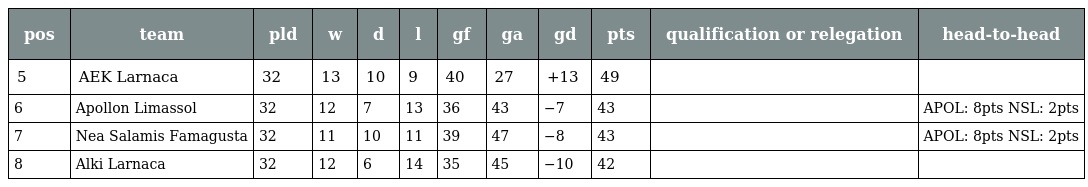
| pos | team | pld | w | d | l | gf | ga | gd | pts | qualification or relegation | head-to-head |
 | --- | --- | --- | --- | --- | --- | --- | --- | --- | --- | --- | --- |
 | 5 | AEK Larnaca | 32 | 13 | 10 | 9 | 40 | 27 | +13 | 49 |  |  |
 | 6 | Apollon Limassol | 32 | 12 | 7 | 13 | 36 | 43 | −7 | 43 |  | APOL: 8pts NSL: 2pts |
 | 7 | Nea Salamis Famagusta | 32 | 11 | 10 | 11 | 39 | 47 | −8 | 43 |  | APOL: 8pts NSL: 2pts |
 | 8 | Alki Larnaca | 32 | 12 | 6 | 14 | 35 | 45 | −10 | 42 |  |  |